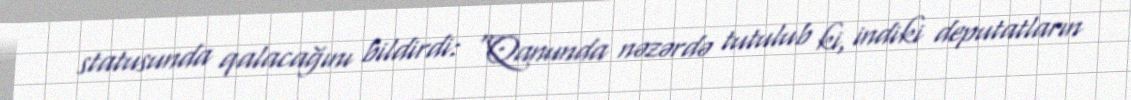
statusunda qalacağını bildirdi: “Qanunda nəzərdə tutulub ki, indiki deputatların